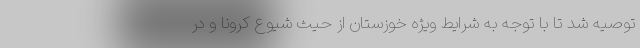
توصیه شد تا با توجه به شرایط ویژه خوزستان از حیث شیوع کرونا و در